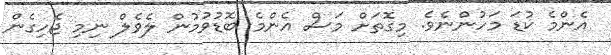
އެންމެ ކުޑަ މަހުންނެވެ. މިގޮތަށް މަސް އެންމެ ބޮޑުވުމުން ލެވެލް ނިމި ޖެހިގެން